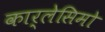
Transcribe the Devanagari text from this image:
कार्लेसिमो